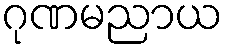
ဂုဏမညာယ